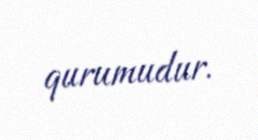
qurumudur.